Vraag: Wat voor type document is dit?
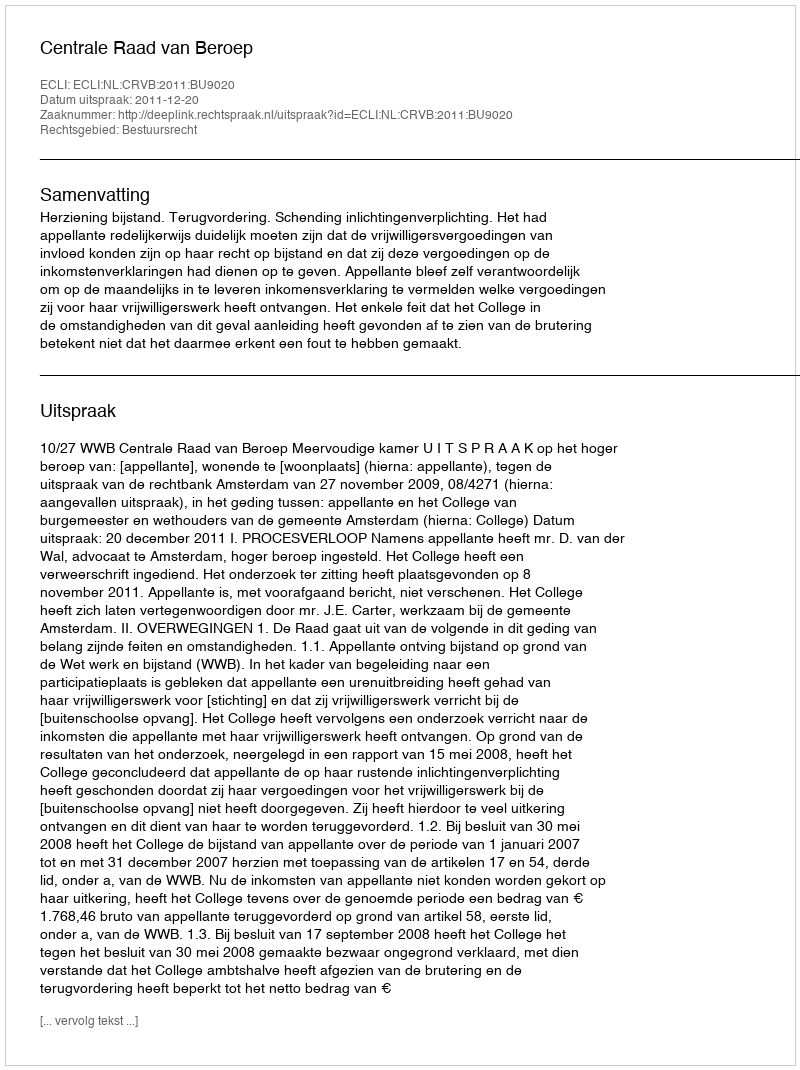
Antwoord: Uitspraak